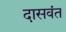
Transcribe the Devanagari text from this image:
दासवंत